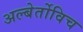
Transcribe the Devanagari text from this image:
अल्बेर्तोविच